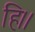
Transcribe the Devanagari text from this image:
हि।।